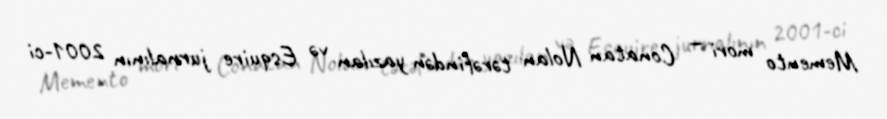
Memento mori — Conatan Nolan tərəfindən yazılan və Esquire jurnalının 2001-ci